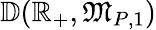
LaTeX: \mathbb{D}(\mathbb{R}_{+},\mathfrak{M}_{P,1})